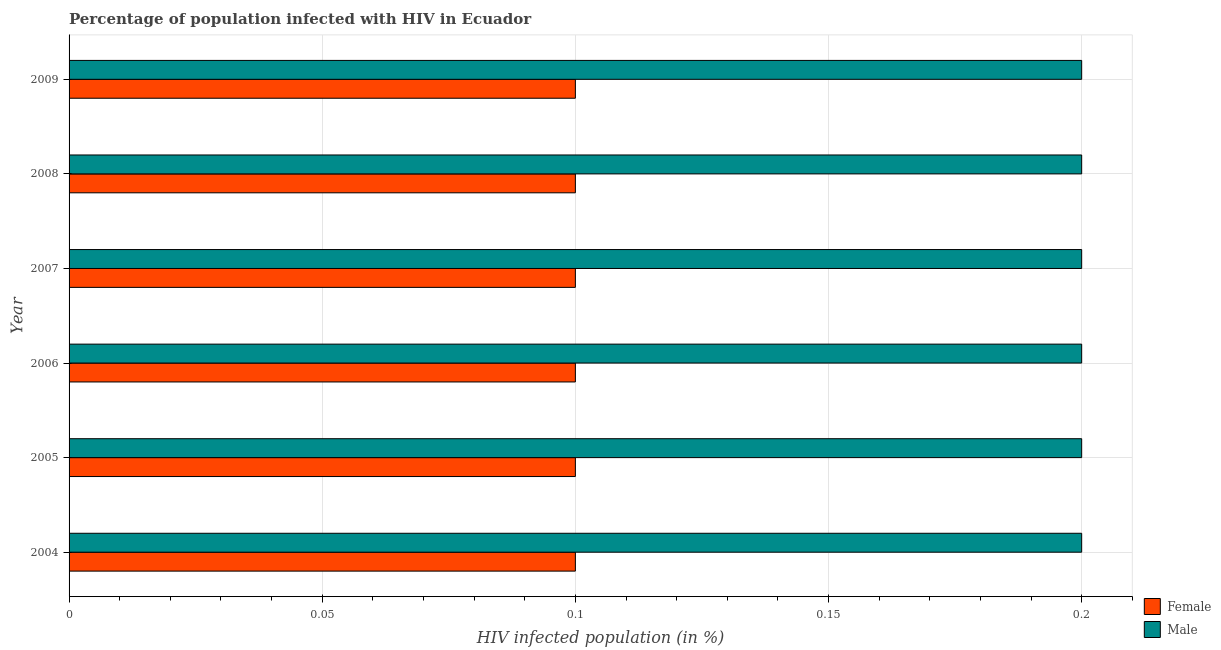
| Year | Female | Male |
 | --- | --- | --- |
 | 2004 | 0.1 | 0.2 |
 | 2005 | 0.1 | 0.2 |
 | 2006 | 0.1 | 0.2 |
 | 2007 | 0.1 | 0.2 |
 | 2008 | 0.1 | 0.2 |
 | 2009 | 0.1 | 0.2 |